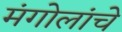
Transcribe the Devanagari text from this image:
मंगोलांचे